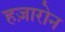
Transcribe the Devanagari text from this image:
हज़ारोन